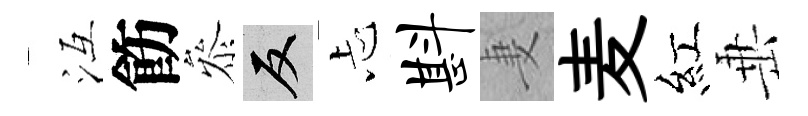
冱飭叅反忐斟妻麦紅𡸁